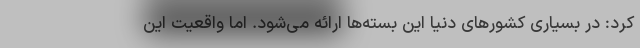
کرد: در بسیاری کشورهای دنیا این بسته‌ها ارائه می‌شود. اما واقعیت این